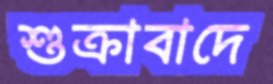
শুক্রাবাদে